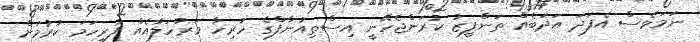
ނަމަވެސް އެފަދަ އަދަބެއް ތަންފީޒު ކުރަންޖެހޭނީ އިސްތިއުނާފްގެ ހުރިހާ މަރުހަލާއެއް ފުރިހަމަ ކުރުމަށް